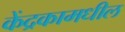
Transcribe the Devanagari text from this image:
केंद्रकामधील